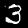
Digit: 3